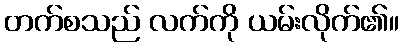
တက်စသည် လက်ကို ယမ်းလိုက်၏။